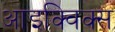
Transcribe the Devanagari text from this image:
आइक्विक्स